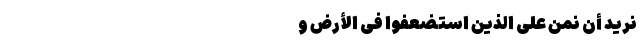
نُرِیدُ أَنْ نَمُنَّ عَلَى الَّذِینَ اسْتُضْعِفُوا فِی الْأَرْضِ وَ